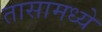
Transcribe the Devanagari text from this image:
तासामध्ये